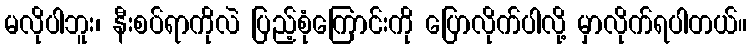
မလိုပါဘူး၊ နီးစပ်ရာကိုလဲ ပြည့်စုံကြောင်းကို ပြောလိုက်ပါလို့ မှာလိုက်ရပါတယ်။